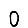
Digit: 0